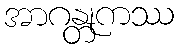
အာဂန္တုကဿ